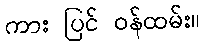
ကား ပြင် ဝန်ထမ်း။